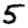
Digit: 5